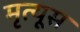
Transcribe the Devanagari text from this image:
मृत्यूस